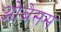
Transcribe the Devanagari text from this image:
ओबेसस